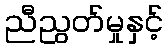
ညီညွတ်မှုနှင့်